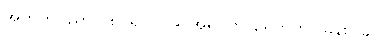
အတတ်ပညာ ၁၈-ရပ်၊ ၁၉-အရပ်ကို ရေတွက်ပြခန်း။ ၄။